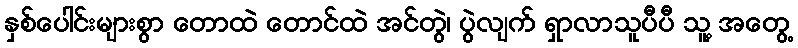
နှစ်ပေါင်းများစွာ တောထဲ တောင်ထဲ အင်တွဲ၊ ပွဲလျက် ရှာလာသူပီပီ သူ့ အတွေ့